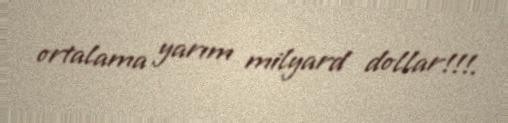
ortalama yarım milyard dollar!!!.